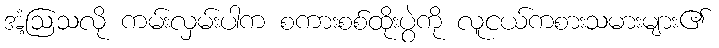
အံ့ဩသလို ကမ်းလှမ်းပါက စကားစစ်ထိုးပွဲကို လူငယ်ကစားသမားများ၏